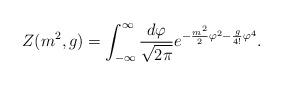
LaTeX: \begin{align*}Z(m^{2},g)=\int_{-\infty}^{\infty}\frac{d\varphi}{\sqrt{2\pi}}e^{-\frac{m^{2}}{2}\varphi^{2}-\frac{g}{4!}\varphi^{4}}.\end{align*}